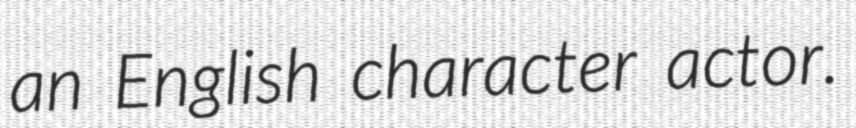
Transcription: an English character actor.